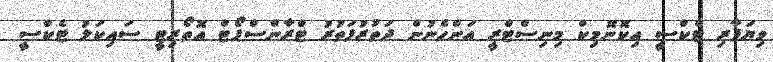
ވިޔަފާރި ޓެކްސީ އިކޮނޮމިކް މިނިސްޓްރީ އަންހެނުން ދަތުރުފަތުރު ޓްރާންސްޕޯޓް އޮތޯރިޓީ ސައިކަލު ޓެކްސީ